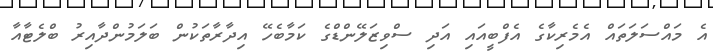
އެ މައްސަލަތައް އެމެރިކާގެ އެފްބީއައި އަދި ސްވިޒަލޭންޑްގެ ކަމާބެހޭ އިދާރާތަކުން ބަލަމުންދާއިރު ބްލެޓާއާ